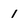
Character: 1